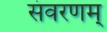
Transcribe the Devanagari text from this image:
संवरणम्